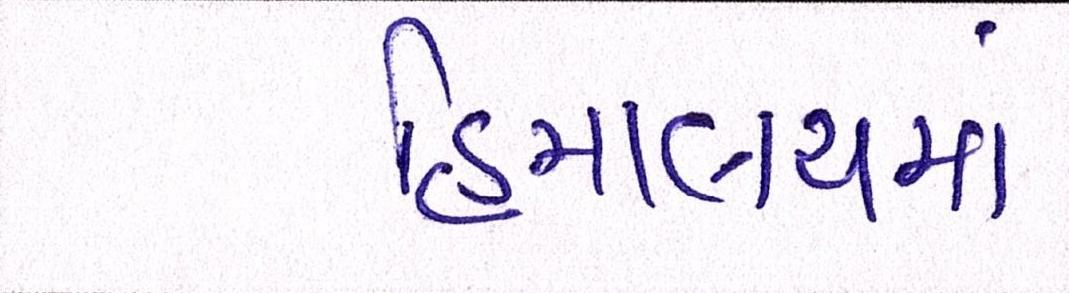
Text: હિમાલયમાં